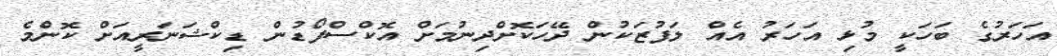
އަހަރުގެ ބަހަކީ މުޅި އަހަރު އެއް ލަފުޒަކުން ދޭހަކޮށްދިނުމަށް އޮކްސްފޯޑުން ޑިކްޝަނަރީއަށް ކޮންމެ